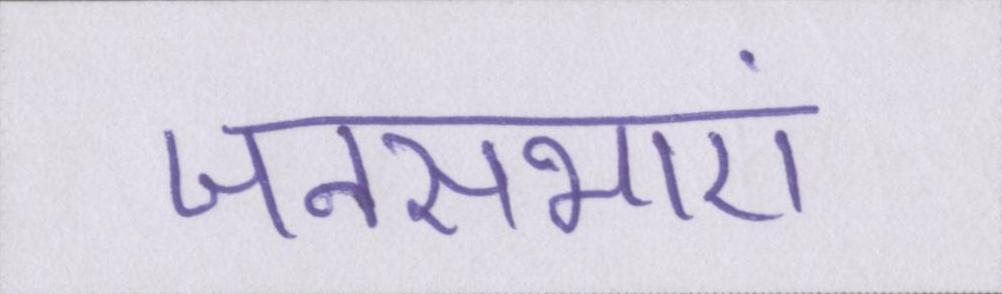
जनसभाएं